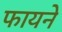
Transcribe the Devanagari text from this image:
फायने